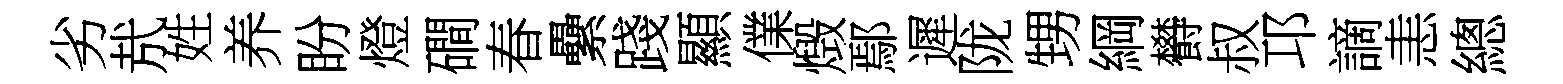
劣㢤姓养盼燈磵春纍踐顯㒒燬鄢遲陇甥綱欎叔邛謫恚總